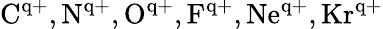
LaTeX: \mathrm{C^{q+},N^{q+},O^{q+},F^{q+},Ne^{q+},Kr^{q+}}